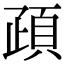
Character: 𩑠